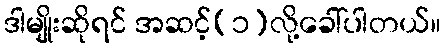
ဒါမျိုးဆိုရင် အဆင့်(၁)လို့ခေါ်ပါတယ်။